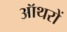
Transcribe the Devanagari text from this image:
ऑथरों